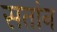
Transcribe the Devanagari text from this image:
सतांन